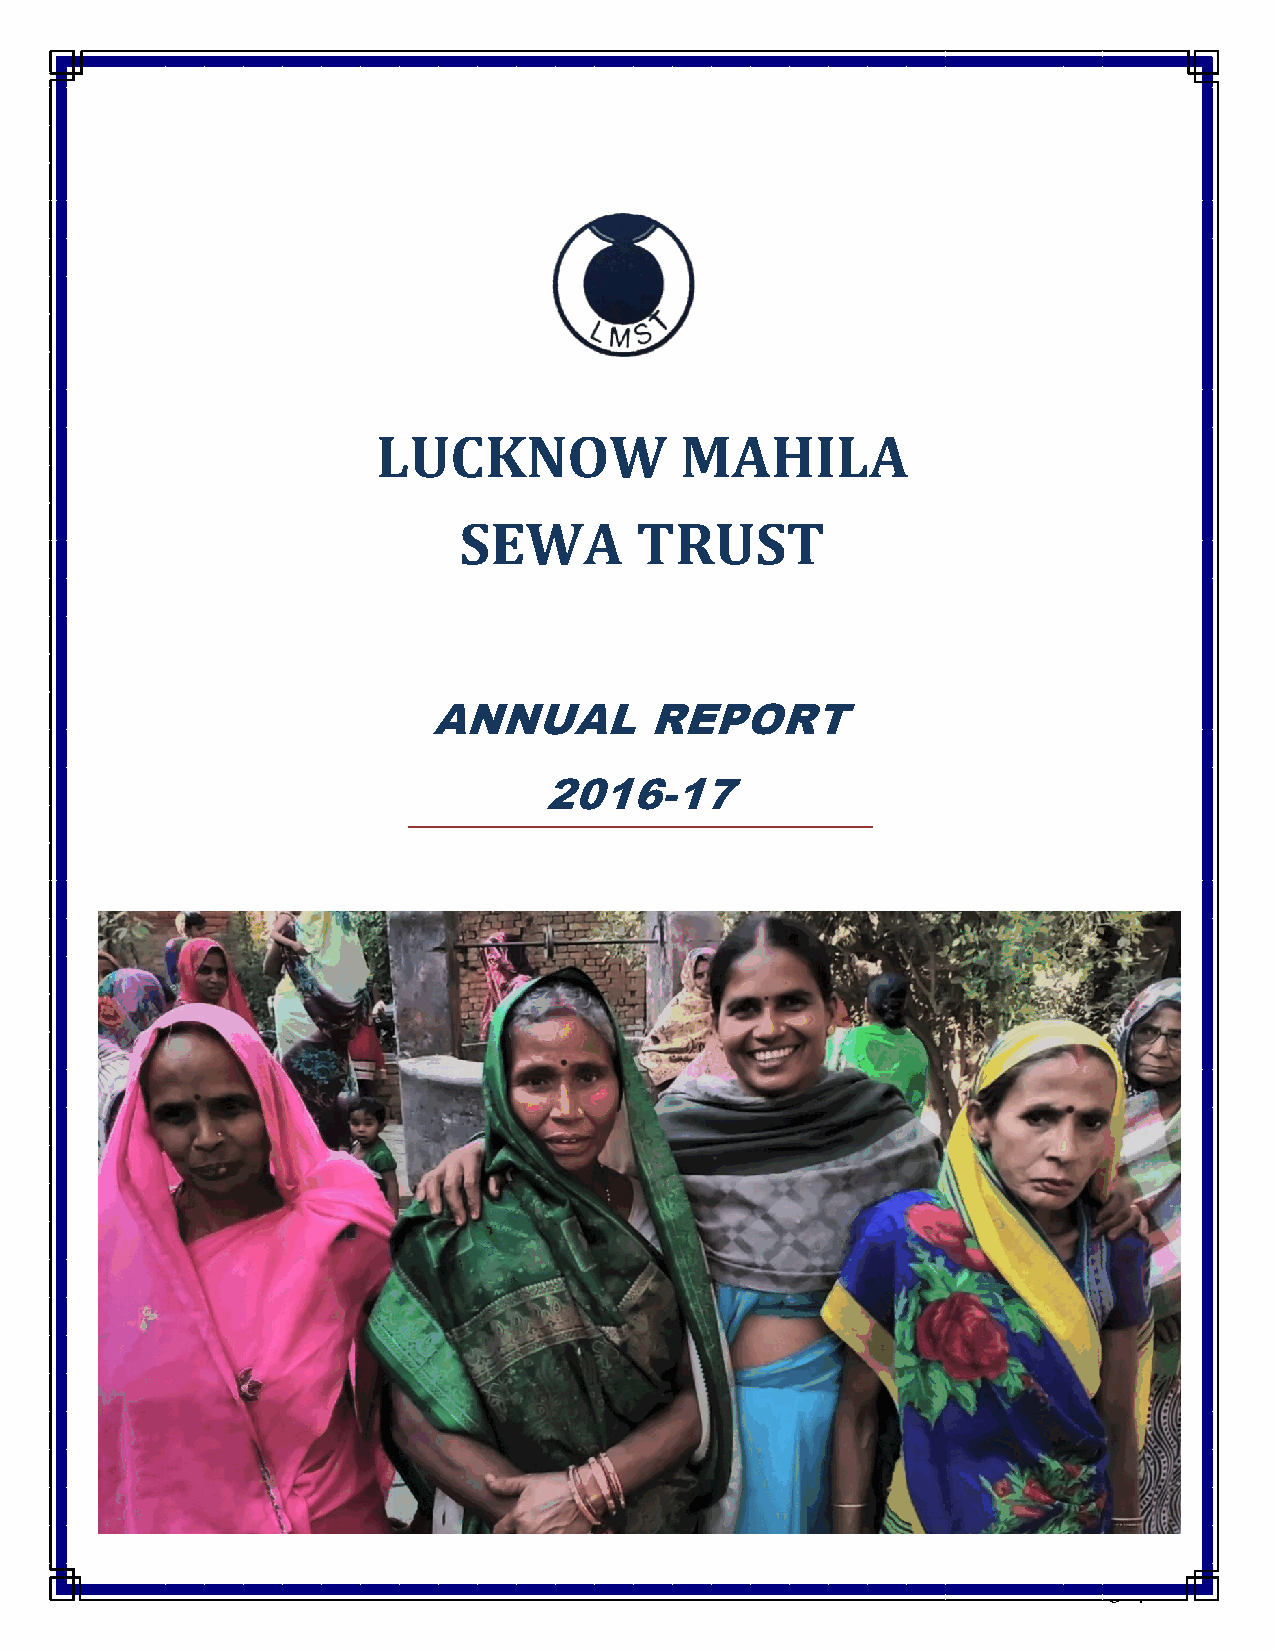
LUCKNOW             MAHILA
 SEWA        TRUST
 ANNUAL         REPORT
 2016-17
 Lucknow Mahila Sewa Trust                                         Page | i